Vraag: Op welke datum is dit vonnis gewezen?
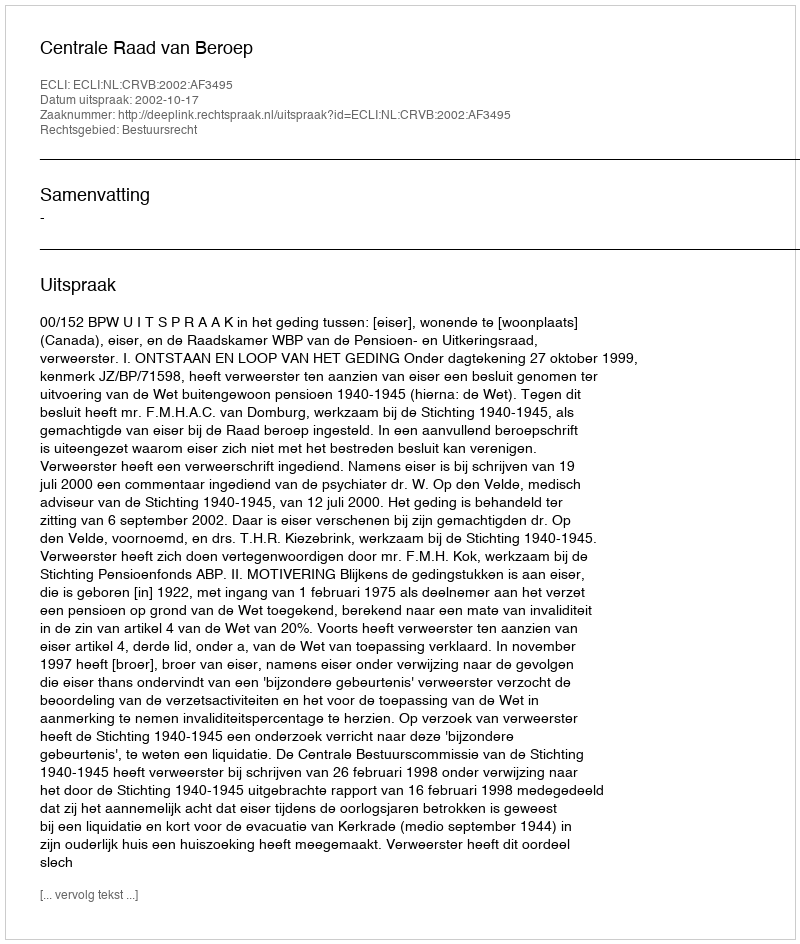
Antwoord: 2002-10-17